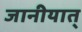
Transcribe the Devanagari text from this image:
जानीयात्